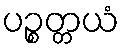
ပဉ္စတ္တယံ